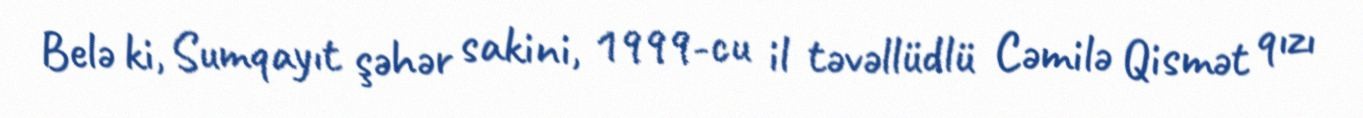
Belə ki, Sumqayıt şəhər sakini, 1999-cu il təvəllüdlü Cəmilə Qismət qızı